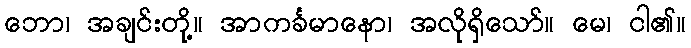
ဘော၊ အချင်းတို့။ အာကင်္ခမာနော၊ အလိုရှိသော်။ မေ၊ ငါ၏။